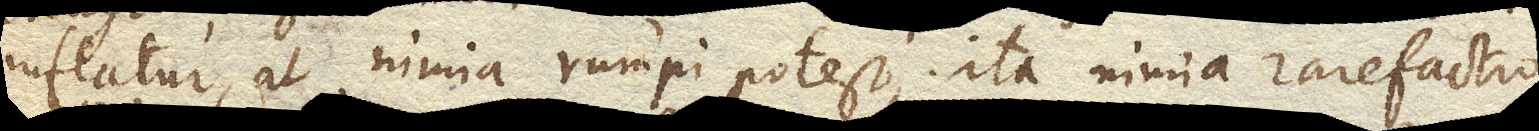
inflatur, at nimia rumpi potest, ita nimia rarefactio